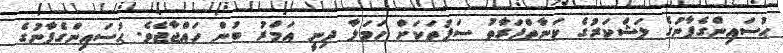
ޙުސައިންގެފާނުގެ ލަޝްކަރުގެ ކަނާތްފަރާތު ސަފުތަކަށް ހަމަލާ ދިނީ އަމްރު ބުން ހައްޖާޖެވެ. ޙުސައިންގެފާނުގެ